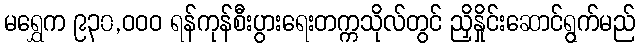
မရွှေက ၉၃၀,ဝဝဝ ရန်ကုန်စီးပွားရေးတက္ကသိုလ်တွင် ညှိနှိုင်းဆောင်ရွက်မည်